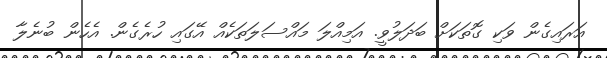
އަރައިގެން ވަކި ގޮތަކަށް ބަދަލުވީ. އަމިއްލަ މައްސަލަތަކެއް އޭގައި ހުރެގެން. އެހެން ބުނެލާ